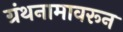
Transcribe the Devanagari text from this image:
ग्रंथनामावरून